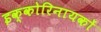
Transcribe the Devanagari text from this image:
इक्कोरिनायकों